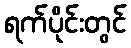
ရက်ပိုင်းတွင်